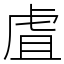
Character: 虘